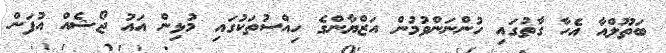
ބަތޫލްއާ އެހާ ގާތުގައި ހުންނަންވުމުން އަޒްޔާންގެ ހިއްސުތަކުގައި މުޅިން އައު ޖޯޝެއް އުފަން